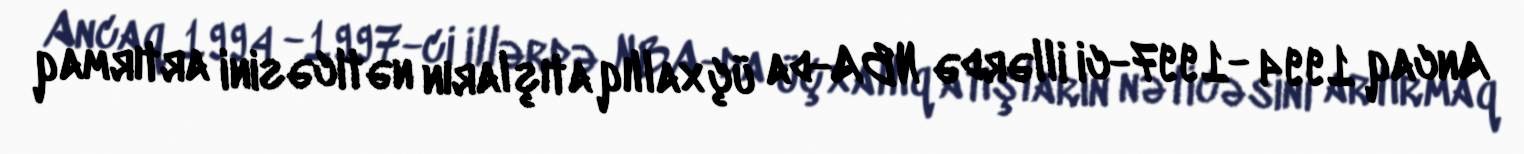
Ancaq 1994 -1997-ci illərdə NBA-da üçxallıq atışların nəticəsini artırmaq